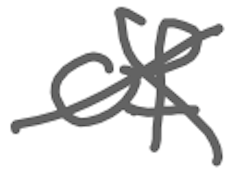
Text: of
Cross-out: cross
Writing tool: digital_gray